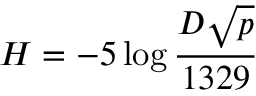
H = - 5 \log { \frac { D { \sqrt { p } } } { 1 3 2 9 } }